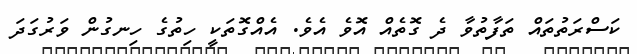
ކަސްރަތުތައް ތަފާތުވާ ދެ ގޮތެއް އޮވެ އެވެ. އެއްގޮތަކީ ހިތުގެ ހިނގުން ވަރުގަދަ